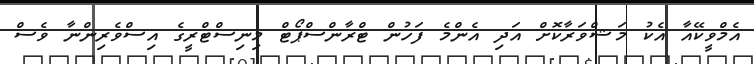
އެމްވީކޭއާ އެކު މަޝްވަރާކޮށް އަދި އެންމެ ފަހުން ޓްރާންސްޕޯޓް މިނިސްޓްރީގެ އިސްވެރިންނާ ވެސް